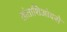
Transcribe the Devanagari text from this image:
तांताशिआंदसे